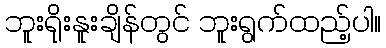
ဘူးရိုးနူးချိန်တွင် ဘူးရွက်ထည့်ပါ။